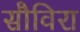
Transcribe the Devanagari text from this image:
सौविरा